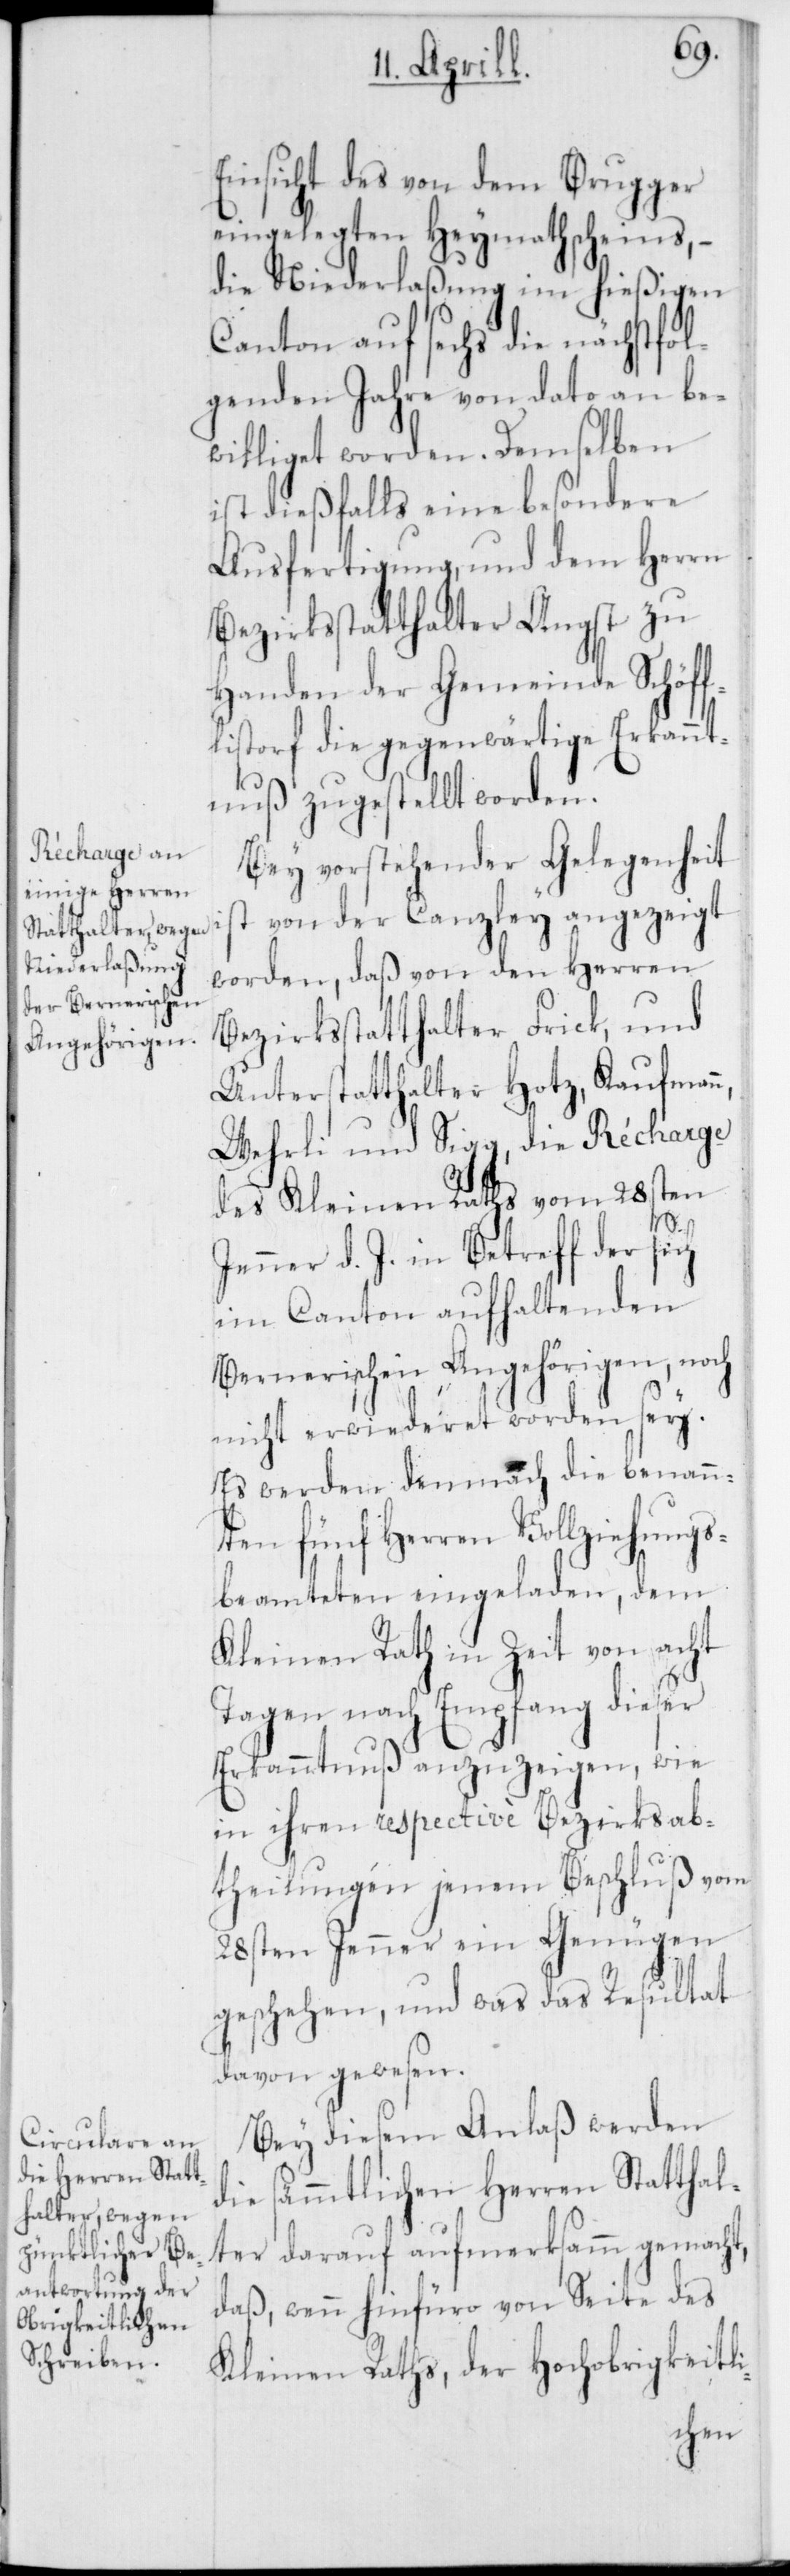
Einsicht des von dem Brugger
eingelegten Heymathscheins, –
die Niederlaßung im hießigen
Canton auf sechs die nächstfol¬
genden Jahre von dato an be¬
williget worden. Demselben
ist dießfalls eine besondere
Ausfertigung, und dem Herrn
Bezirksstatthalter Angst zu
Handen der Gemeinde Schöff¬
listorf die gegenwärtige Erkannt¬
nuß zugestellt worden.
Bey vorstehender Gelegenheit
worden, daß von den Herren
Bezirksstatthalter Frick und
Unterstatthalter Hotz, Kaufmann
Wehrli und Sigg, die Récharge
des Kleinen Raths vom 28sten
Jenner d. J. in Betreff der sich
im Canton aufhaltenden
Bernerischen Angehörigen, noch
nicht erwideret worden sey.
Es werden demnach die benann¬
ten fünf Herren Vollziehungs¬
beamteten eingeladen, dem
Kleinen Rath in Zeit von acht
Tagen nach Empfang dieser
Erkanntnus anzuzeigen, wie
in ihren respectivè [sic!] Bezirksab¬
theilungen jenem Beschluß vom
28sten Jenner ein Genügen
geschehen, und was das Resultat
davon gewesen.
Bey diesem Anlaß werden
die sämmtlichen Herren Statthal¬
ter darauf aufmerksam gemacht,
daß, wenn hinfüro von Seite des
Kleinen Raths, der Hochobrigkeitli-